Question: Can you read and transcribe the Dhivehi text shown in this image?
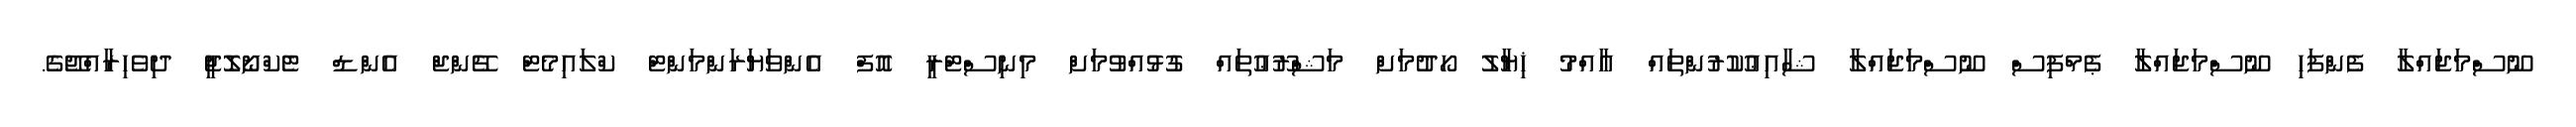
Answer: ނޫސްމަޖައްލާ ފެންފަހި ނޫސްމަޖައްލާ ޕެމްފިސް ނޫސްމަޖައްލާ ޝާއިޢުކުރުންތައް ޢާއްމު ޚިޔާލު ހޯދުމަށް މަޝްރޫޢުތައް ގުޅުއްވުމަށް މިނިސްޓްރީ އޮފް އެންވަޔަރަންމަންޓް ކްލައިމެޓް ޗޭންޖް އެންޑް ޓެކްނޯލޮޖީ ދިވެހިރާއްޖޭގެ.